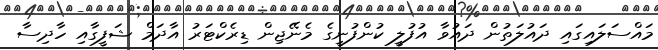
މައްސަލައިގައި ދައުލަތުން ދައުވާ އުފުލީ ކުންފުނީގެ މެނޭޖިން ޑިރެކްޓަރު އާދަމް ޝަފީގާއި ހާދިސާ